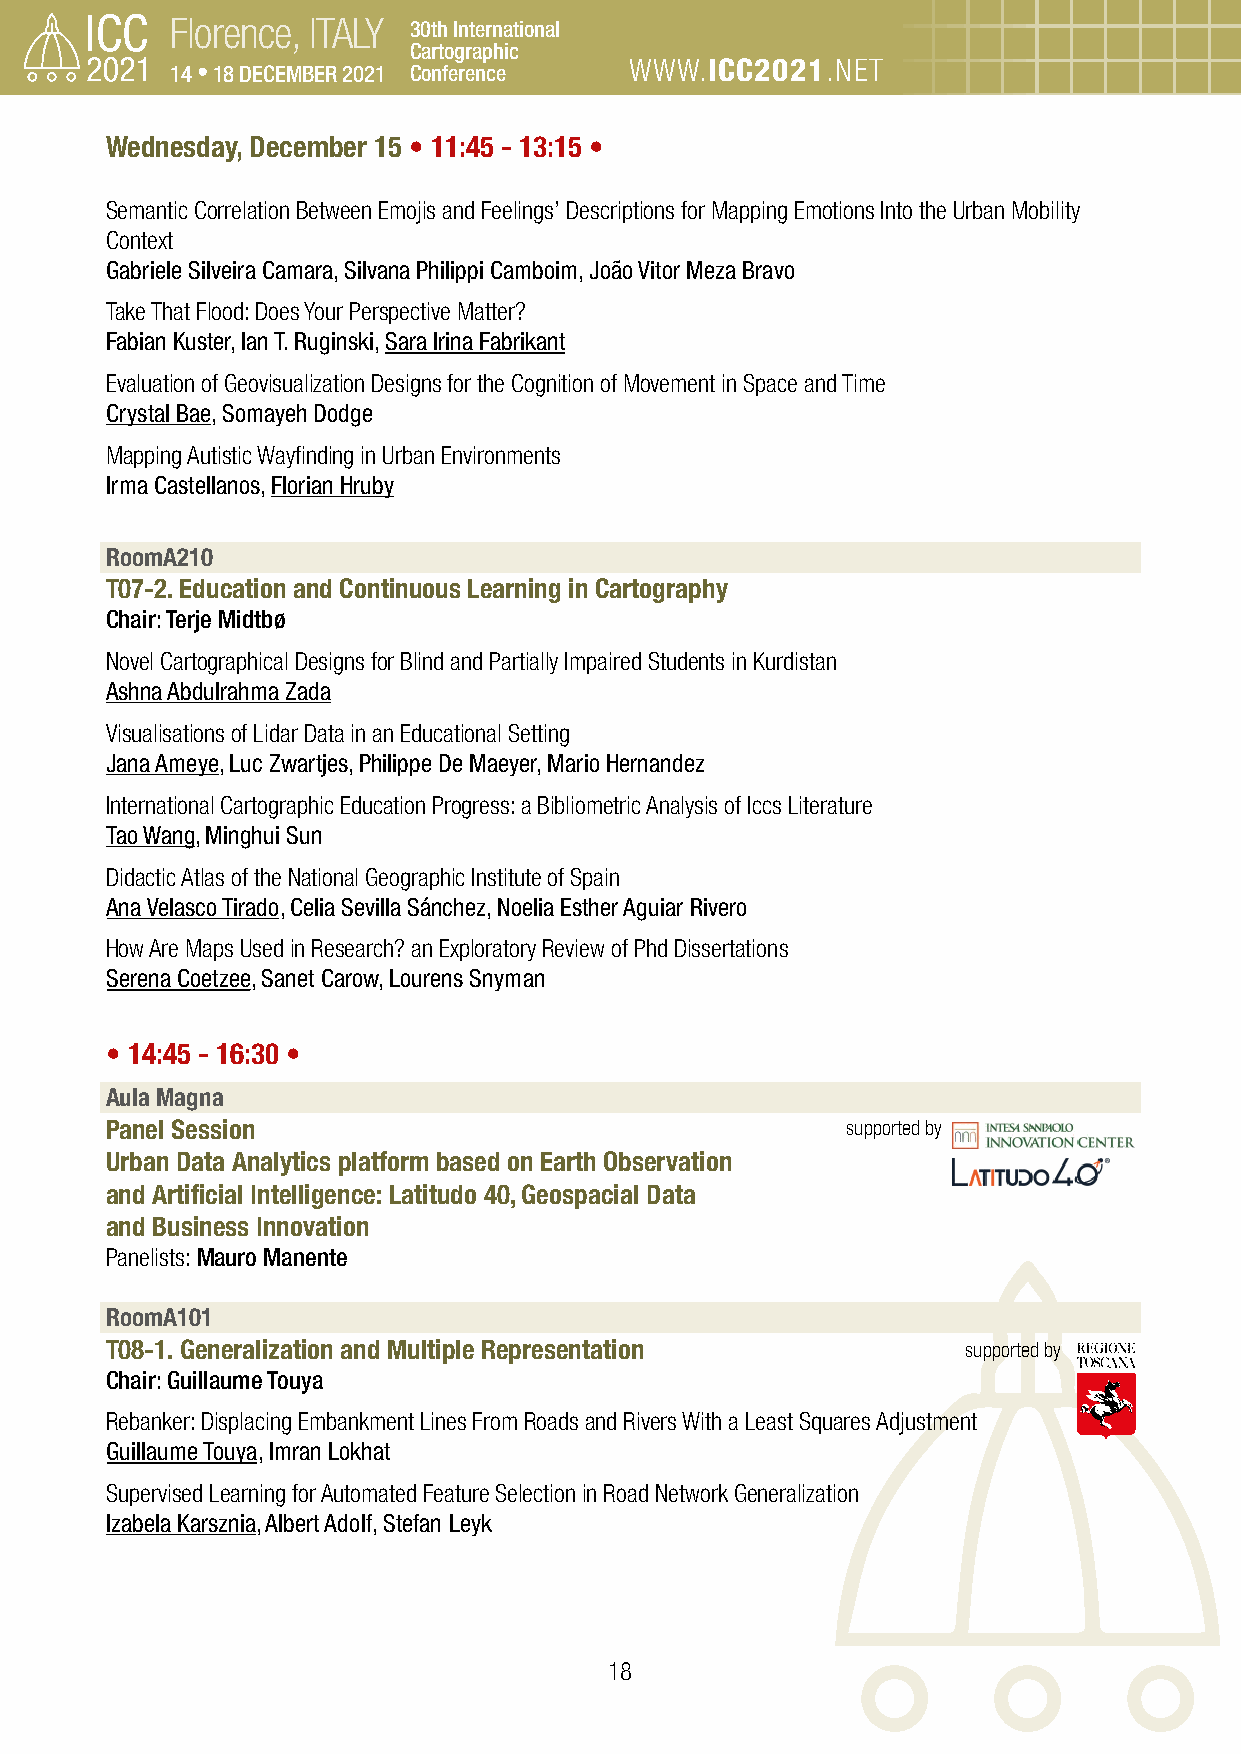
Florence, ITALY 30th International
 Cartographic
 14 • 18 DECEMBER 2021 Conference WWW.ICC2021.NET
 Wednesday, December 15 • 11:45 - 13:15 •
 Semantic Correlation Between Emojis and Feelings’ Descriptions for Mapping Emotions Into the Urban Mobility
 Context
 Gabriele Silveira Camara, Silvana Philippi Camboim, João Vitor Meza Bravo
 Take That Flood: Does Your Perspective Matter?
 Fabian Kuster, Ian T. Ruginski, Sara Irina Fabrikant
 Evaluation of Geovisualization Designs for the Cognition of Movement in Space and Time
 Crystal Bae, Somayeh Dodge
 Mapping Autistic Wayfinding in Urban Environments
 Irma Castellanos, Florian Hruby
 RoomA210
 T07-2. Education and Continuous Learning in Cartography
 Chair: Terje Midtbø
 Novel Cartographical Designs for Blind and Partially Impaired Students in Kurdistan
 Ashna Abdulrahma Zada
 Visualisations of Lidar Data in an Educational Setting
 Jana Ameye, Luc Zwartjes, Philippe De Maeyer, Mario Hernandez
 International Cartographic Education Progress: a Bibliometric Analysis of Iccs Literature
 Tao Wang, Minghui Sun
 Didactic Atlas of the National Geographic Institute of Spain
 Ana Velasco Tirado, Celia Sevilla Sánchez, Noelia Esther Aguiar Rivero
 How Are Maps Used in Research? an Exploratory Review of Phd Dissertations
 Serena Coetzee, Sanet Carow, Lourens Snyman
 • 14:45 - 16:30 •
 Aula Magna
 Panel Session                                    supported by
 Urban Data Analytics platform based on Earth Observation
 and Artificial Intelligence: Latitudo 40, Geospacial Data
 and Business Innovation
 Panelists: Mauro Manente
 RoomA101
 T08-1. Generalization and Multiple Representation        supported by
 Chair: Guillaume Touya
 Rebanker: Displacing Embankment Lines From Roads and Rivers With a Least Squares Adjustment
 Guillaume Touya, Imran Lokhat
 Supervised Learning for Automated Feature Selection in Road Network Generalization
 Izabela Karsznia, Albert Adolf, Stefan Leyk
 18